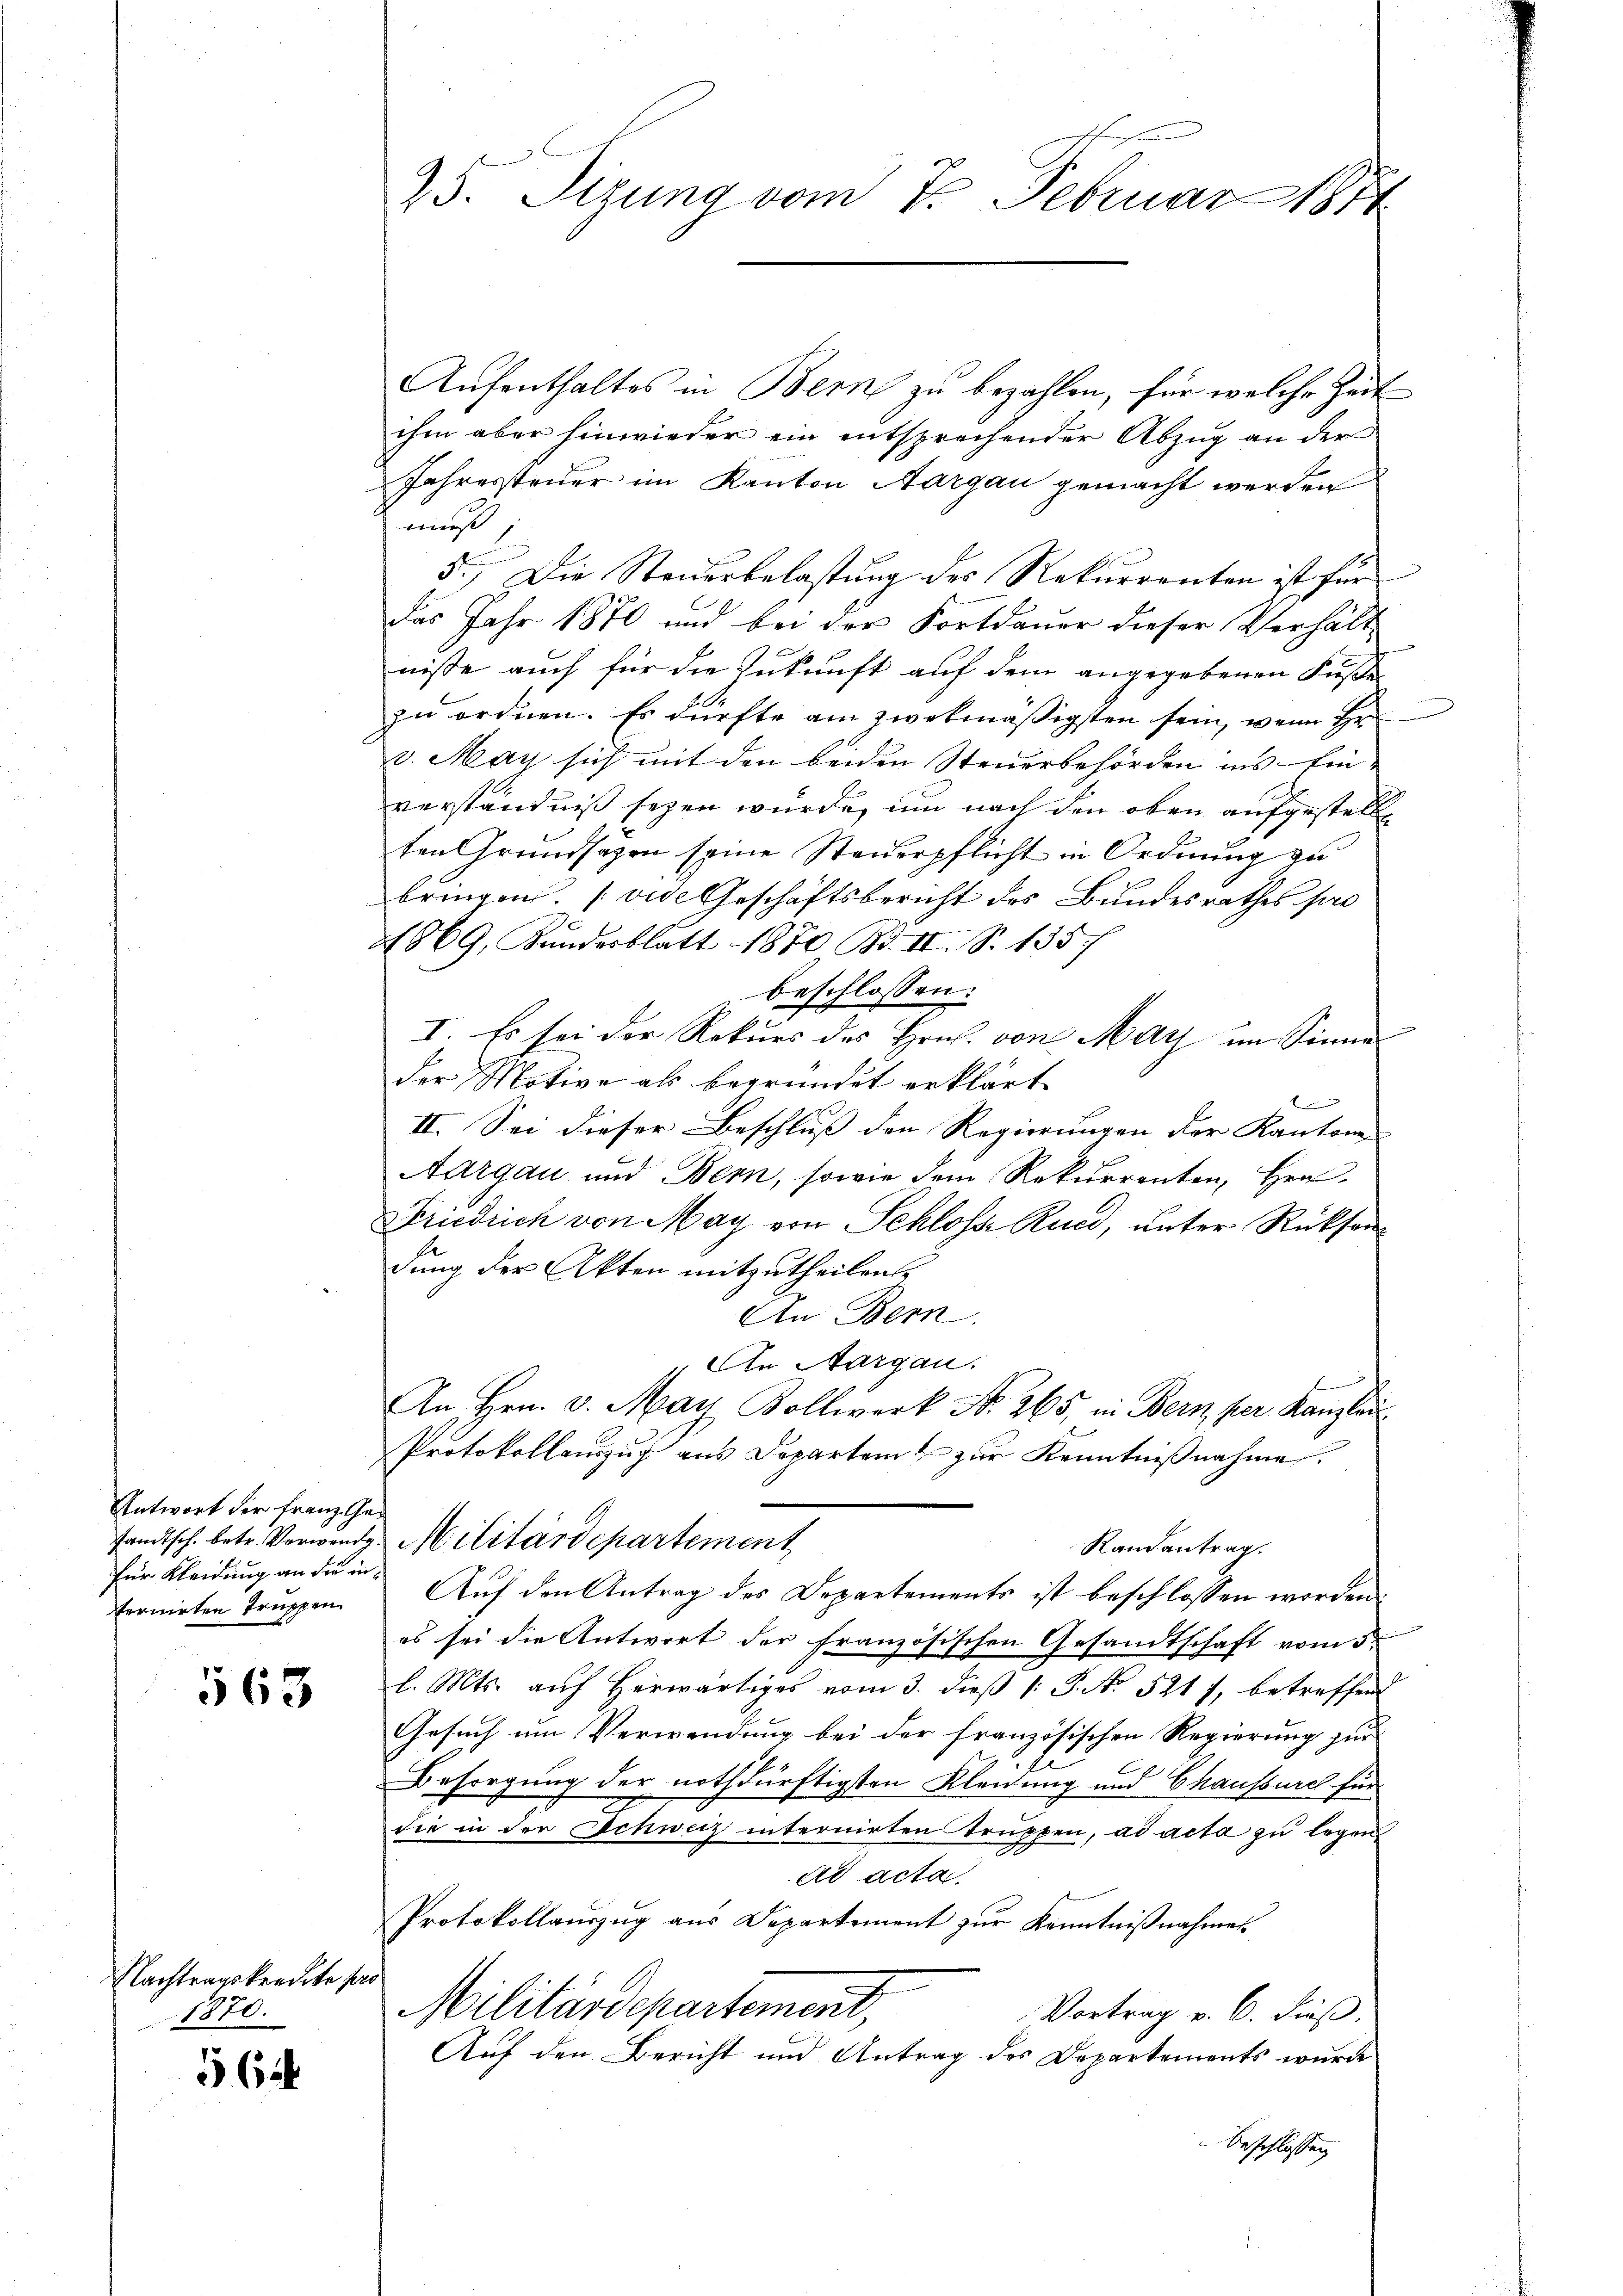
Antwort der Franz Gefür Kleidung an die infernirten Truppen.

563

Nachtragskredite so
1870.

564

73. Sizung vom 7. Februar 1871

Aufenthaltes in Bern zu bezahlen, für welche Zeit
ihm aber hinwieder ein entsprechender Abzug an der
Jahressteuer im Kanton Aargau gemacht werden
muß;
5.) Die Steuerbelastung des Rekurrenten ist für
das Jahr 1870 und bei der Fortdauer dieser Verhält-
nisse auch für die Zukunft auf dem angegebenen Füße
zu ordnen. Es dürfte am zwekmäßigsten sein, wenn Hr
v. May sich mit den beiden Steuerbehörden ins Einverständniß seyen würde, um nach den oben aufgestell
ten Grundsätzen seine Steuerpflicht in Ordnung zu
bringen. (vide Geschäftsbericht des Bundesrathes so
4869, Kundesblatt 1870 Bd. II. S. 135
beschlossen:
I. Es sei der Rekurs des Hrn. von May im Sinne
der Motive als begründet erklärt.
.
II. Sei dieser Beschluss den Regierungen der Kantonen |
Aargau und Bern, sowie dem Rekurrenten, Her
Friedrich von May von Schlosse Rund, unter Rücksendung der Akten mitzutheilen.
An Bern.
An Aargau.
An Hrn. v. May Kollwerk No. 265, in Bern, per Kanzlei
Protokollauszug aus Departamt zur Kenntnißnahme.
samtsch. betr. Verwende Militärdepartement
Randantrag.
Auf den Antrag des Departements ist beschlossen worden.
es sei die Antwort der französischen Gesandtschaft vom 3ten
l. Mts. aŭf herwärtiges vom 3. dieβ 1: P. No. 521 f., betreffend
Gesuch um Verwendung bei der französischen Regierung zur
Besorgung der nothdürftigsten Kleidung und Chaussurel für
die in der Schweiz internirten Truppen, ad acta zu legen
ad acta.
Protokollauszug aus Departement zŭr Kenntniβnahmes
Militärdepartement,
Vortrag v. 6. dieß.
Auf den Bericht und Antrag des Departements wurde
Beschlossen